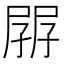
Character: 𡥷